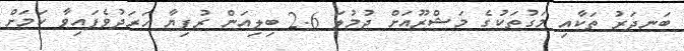
ބަނދަރު ތަކާއި މަގުތަކުގެ މަޝްރޫއަށް ޖުމުލަ 2.6 ބިލިއަން ރުފިޔާ ހަރަދުވެފައިވާ ކަމަށް